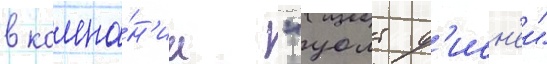
в компа́н'ии "уолт д'исн'еи"